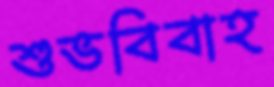
শুভবিবাহ